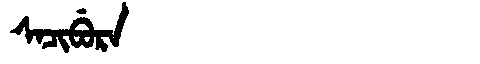
Manchu: ᠰᠠᠴᡳᠪᡠᡵᠠ
Romanization: SACIBURA